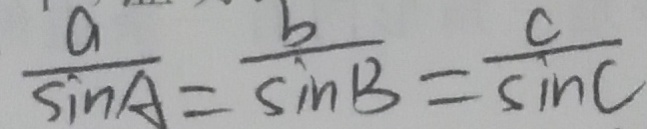
\frac { a } { \sin A } = \frac { b } { \sin B } = \frac { c } { s m C }